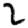
Digit: 2